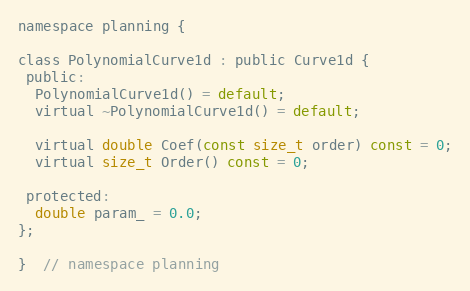
Language: C
namespace planning {

class PolynomialCurve1d : public Curve1d {
 public:
  PolynomialCurve1d() = default;
  virtual ~PolynomialCurve1d() = default;

  virtual double Coef(const size_t order) const = 0;
  virtual size_t Order() const = 0;

 protected:
  double param_ = 0.0;
};

}  // namespace planning